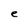
Character: e